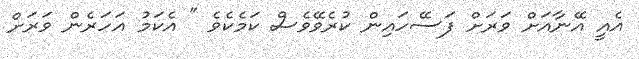
އެއީ އޭނާއަށް ވަރަށް ފަސޭހައިން ކުރެވޭވެސް ކަމެކެވެ " އެކަމު އަހަރެން ވަރަށް